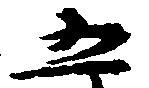
五